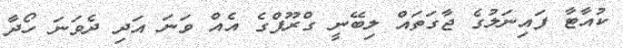
ކުއާޓާ ފައިނަލުގެ ޖާގަތައް ލިބޭނީ ގްރޫޕްގެ އެއް ވަނަ އަދި ދެވަނަ ހޯދާ